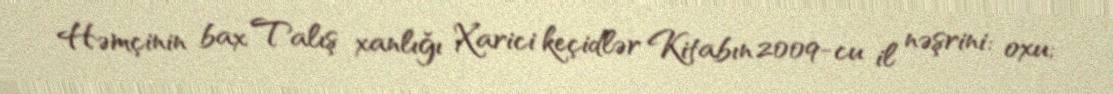
Həmçinin bax Talış xanlığı Xarici keçidlər Kitabın 2009-cu il nəşrini: oxu;